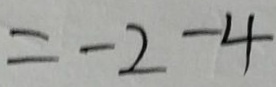
= - 2 - 4